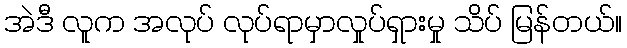
အဲဒီ လူက အလုပ် လုပ်ရာမှာလှုပ်ရှားမှု သိပ် မြန်တယ်။